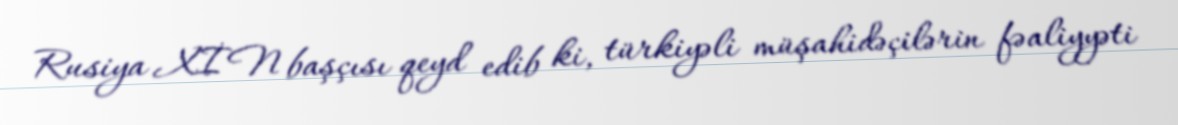
Rusiya XİN başçısı qeyd edib ki, türkiyəli müşahidəçilərin fəaliyyəti